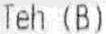
TEH (B)